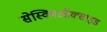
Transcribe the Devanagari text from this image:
सेस्क्विऑक्साइड